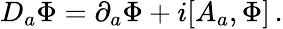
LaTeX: D_{a}\Phi=\partial_{a}\Phi+i[A_{a},\Phi]\, .